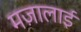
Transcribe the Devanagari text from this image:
मज़ालाई